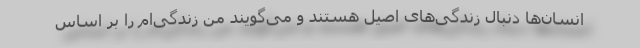
انسان‌ها دنبال زندگی‌های اصیل هستند و می‌گویند من زندگی‌ام را بر اساس